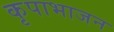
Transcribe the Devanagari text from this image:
कृपाभाजन